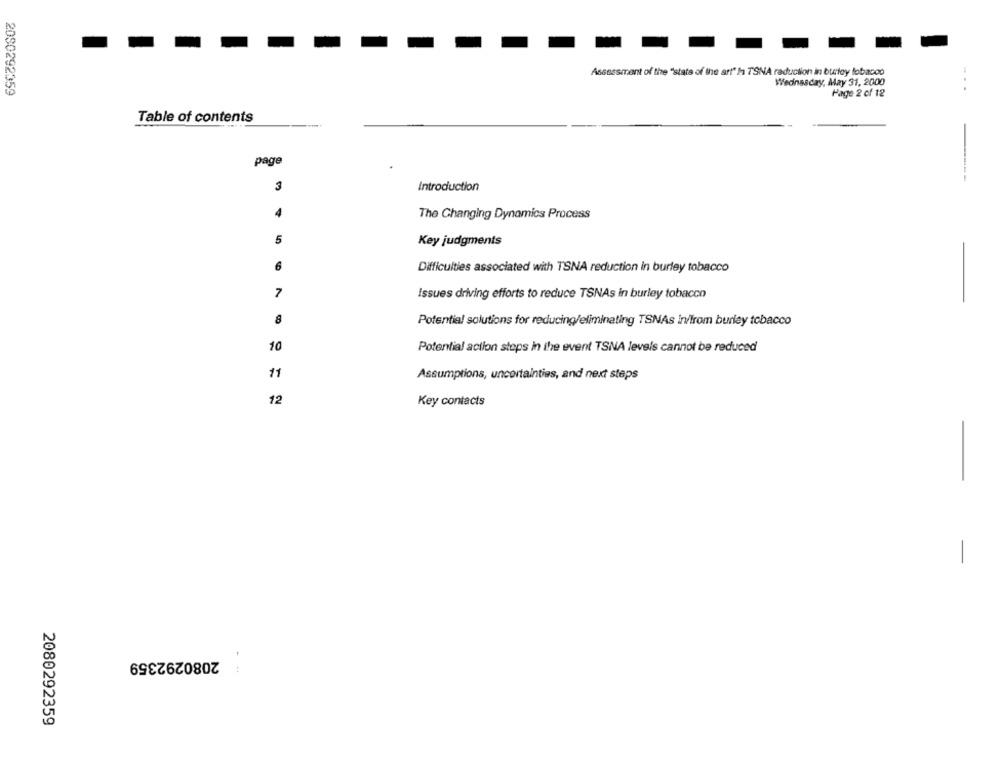
Assessment of the "state of the art" f1 TSNA reduction in burley lobacod
Wednesday, May 31, 2000
2080292359
Page 2 of 12
Table of contents
page
3
Introduction
4
The Changing Dynamics Process
5
Key judgments
6
Difficulties associated with TSNA reduction in burley tobacco
7
Issues driving efforts to reduce TSNAs in burley tobacco
Potential solutions for reducing/eliminating TSNAs In/from burley tobacco
10
Potential action steps in the event TSNA levels cannot be reduced
11
Assumptions, uncertainties, and next steps
12
Key contacts
2080292359
- -
2080292359